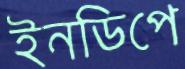
ইনডিপে